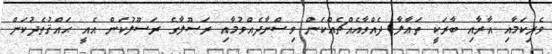
ވެރިކަމާއި އާރާއި ބާރަކީ ތަޢާލާ ދެއްވާއެއްޗެއްކަން ވިސްނާދެއްވުމާއި ރަސޫލާގެ ރަސޫލުކަން އެއީ ޙައްޤުތެދުކަން